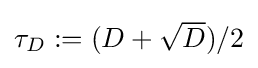
{\textstyle \tau _{D}:=(D+{\sqrt {D}})/2}